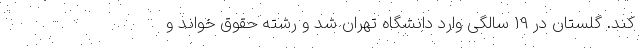
کند. گلستان در 19 سالگی وارد دانشگاه تهران شد و رشته حقوق خواند و